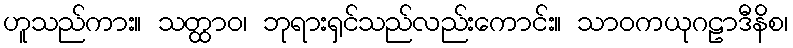
ဟူသည်ကား။ သတ္ထာဝ၊ ဘုရားရှင်သည်လည်းကောင်း။ သာဝကယုဂဠာဒီနိစ၊